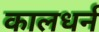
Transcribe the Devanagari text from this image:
कालधर्न